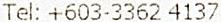
TEL: +603-3362 4137